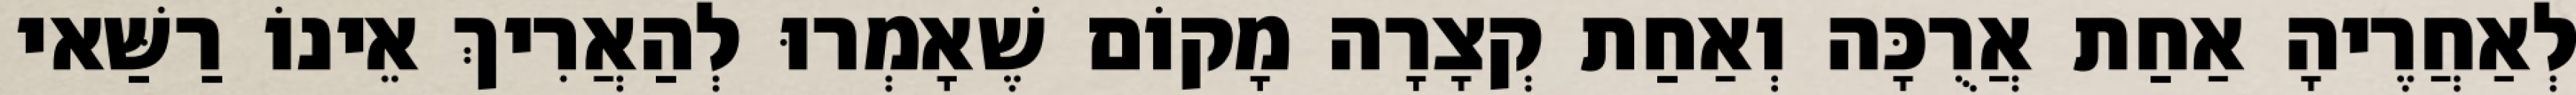
לְאַחֲרֶיהָ אַחַת אֲרֻכָּה וְאַחַת קְצָרָה מָקוֹם שֶׁאָמְרוּ לְהַאֲרִיךְ אֵינוֹ רַשַּׁאי